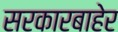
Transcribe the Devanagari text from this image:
सरकारबाहेर